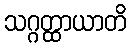
သဂ္ဂတ္ထာယာတိ